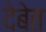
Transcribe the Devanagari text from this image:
देबेत